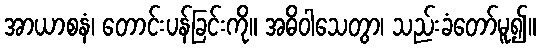
အာယာစနံ၊ တောင်းပန်ခြင်းကို။ အဓိဝါသေတွာ၊ သည်းခံတော်မူ၍။